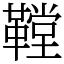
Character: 鞺